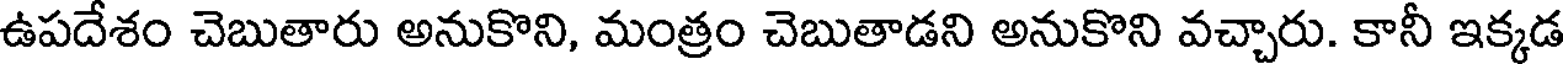
ఉపదేశం చెబుతారు అనుకొని, మంత్రం చెబుతాడని అనుకొని వచ్చారు. కానీ ఇక్కడ